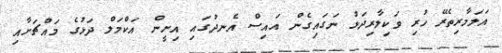
އަލަމާރިތެރޭ ހުރި ވަކިލާރިދަޅު ނަގައިގެން އައިސް އެނދުގައި އިށީން އަކްމަލް ދަޅުގެ މައްޗަށާއި